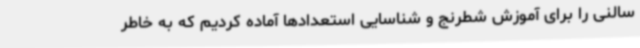
سالنی را برای آموزش شطرنج و شناسایی استعدادها آماده کردیم که به خاطر